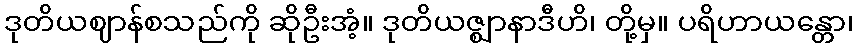
ဒုတိယဈာန်စသည်ကို ဆိုဦးအံ့။ ဒုတိယဇ္ဈာနာဒီဟိ၊ တို့မှ။ ပရိဟာယန္တော၊